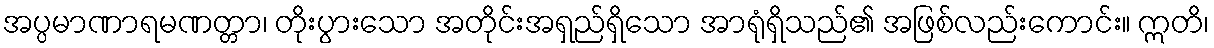
အပ္ပမာဏာရမဏတ္တာ၊ တိုးပွားသော အတိုင်းအရှည်ရှိသော အာရုံရှိသည်၏ အဖြစ်လည်းကောင်း။ ဣတိ၊